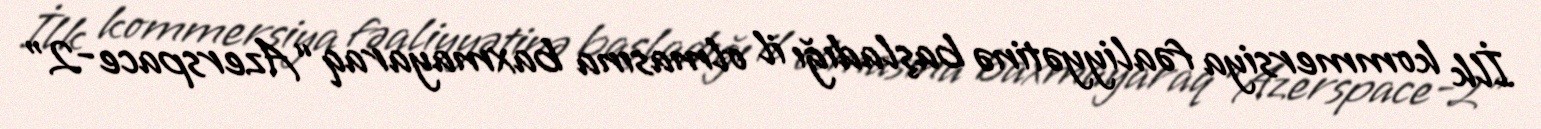
İlk kommersiya fəaliyyətinə başladığı il olmasına baxmayaraq “Azerspace-2”